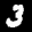
Label: 3